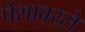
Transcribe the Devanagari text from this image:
पेशावरसे